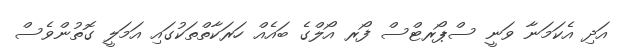
އަދި އެކަމަނާ ވަނީ ސްޕޯރޓްސް ފޯރ އޯލްގެ ބައެއް ހަރަކާތްތަކުގައި އަމަލީ ގޮތުންވެސް